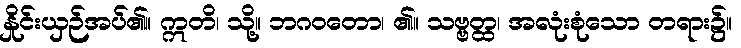
နှိုင်းယှဉ်အပ်၏။ ဣတိ၊ သို့။ ဘဂဝတော၊ ၏။ သဗ္ဗတ္ထ၊ အလုံးစုံသော တရား၌။